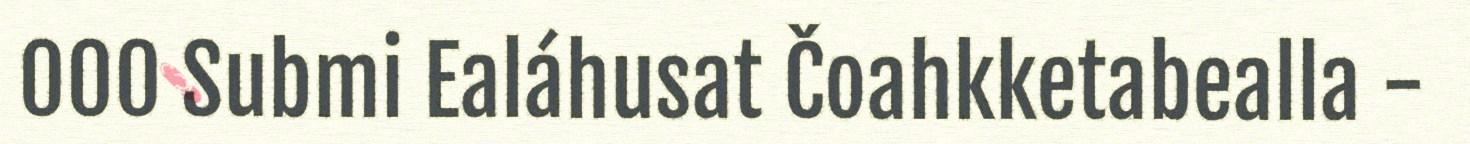
000 Submi Ealáhusat Čoahkketabealla -